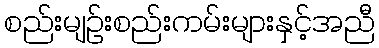
စည်းမျဉ်းစည်းကမ်းများနှင့်အညီ